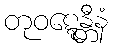
တုဝဋ္ဋေန္တီနံ